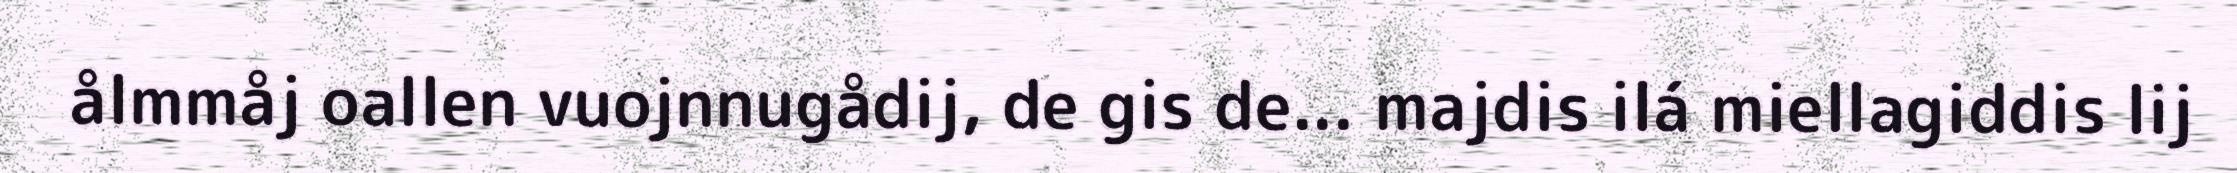
ålmmåj oallen vuojnnugådij, de gis de... majdis ilá miellagiddis lij